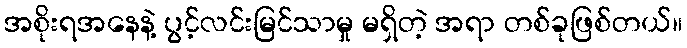
အစိုးရအနေနဲ့ ပွင့်လင်းမြင်သာမှု မရှိတဲ့ အရာ တစ်ခုဖြစ်တယ်။